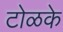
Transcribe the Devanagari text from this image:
टोळके